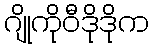
ဂျိုကိုဝီဒိုဒိုက